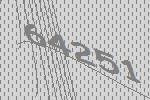
64251